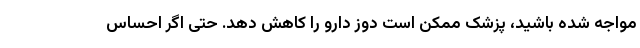
مواجه شده باشید، پزشک ممکن است دوز دارو را کاهش دهد. حتی اگر احساس